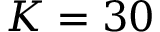
K = 3 0